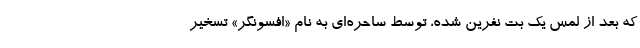
که بعد از لمس یک بت نفرین شده، توسط ساحره‌ای به نام «افسونگر» تسخیر